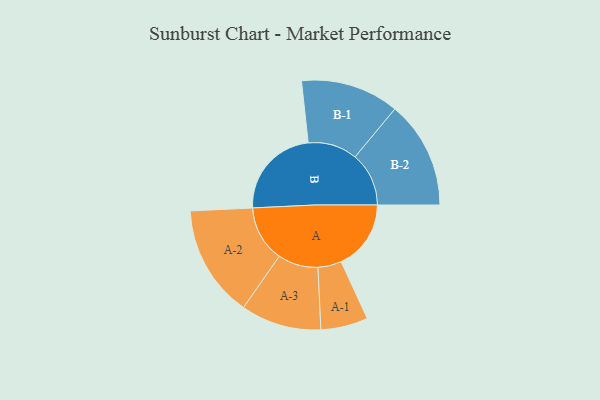
{"axis": {"x": "Segment", "y": "Value"}, "legend": ["", "A", "B"], "data": [{"x": "A", "y": 335, "type": ""}, {"x": "B", "y": 444, "type": ""}, {"x": "A-1", "y": 113, "type": "A"}, {"x": "A-2", "y": 269, "type": "A"}, {"x": "A-3", "y": 193, "type": "A"}, {"x": "B-1", "y": 236, "type": "B"}, {"x": "B-2", "y": 258, "type": "B"}]}